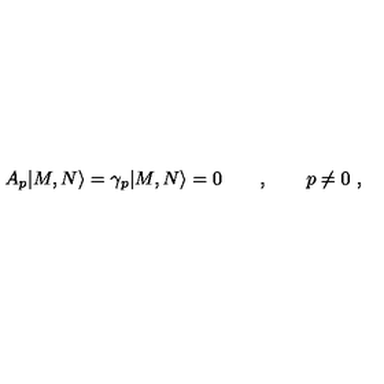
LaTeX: A _ { p } | M , N \rangle = \gamma _ { p } | M , N \rangle = 0 \qquad , \qquad p \neq 0 \ ,